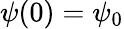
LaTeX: \psi(0)=\psi_{0}